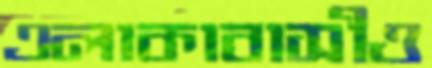
এলাকাবাসীও